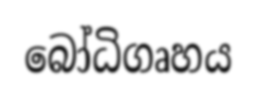
බෝධිගෘහය